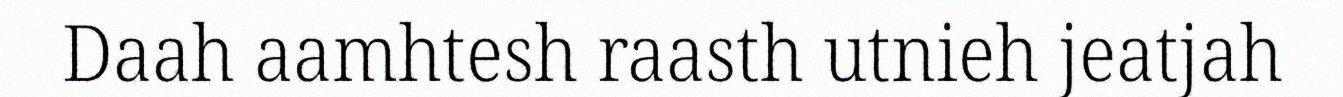
Daah aamhtesh raasth utnieh jeatjah